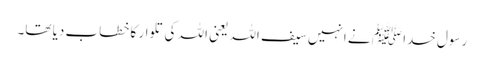
رسول خدا ﷺ نے انہیں سیف اللہ یعنی اللہ کی تلوار کا خطاب دیا تھا۔